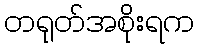
တရုတ်အစိုးရက